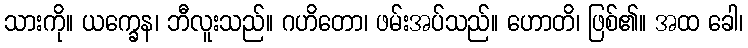
သားကို။ ယက္ခေန၊ ဘီလူးသည်။ ဂဟိတော၊ ဖမ်းအပ်သည်။ ဟောတိ၊ ဖြစ်၏။ အထ ခေါ၊